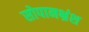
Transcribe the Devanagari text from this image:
सोपानभ्रंश